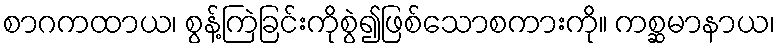
စာဂကထာယ၊ စွန့်ကြဲခြင်းကိုစွဲ၍ဖြစ်သောစကားကို။ ကစ္ဆမာနာယ၊